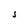
Character: J